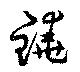
鐃